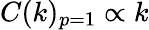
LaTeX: C(k)_{p=1}\propto k